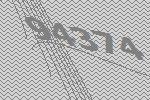
94374